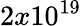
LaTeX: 2x10^{19}